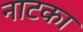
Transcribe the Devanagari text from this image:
नाटका